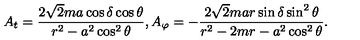
A _ { t } = { \frac { 2 \sqrt { 2 } m a \cos \delta \cos \theta } { r ^ { 2 } - a ^ { 2 } \cos ^ { 2 } \theta } } , A _ { \varphi } = - { \frac { 2 \sqrt { 2 } m a r \sin \delta \sin ^ { 2 } \theta } { r ^ { 2 } - 2 m r - a ^ { 2 } \cos ^ { 2 } \theta } } .